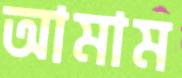
আমাম